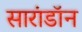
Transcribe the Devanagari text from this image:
सारांडॉन